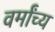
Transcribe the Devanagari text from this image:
वर्मांच्य